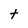
Character: t